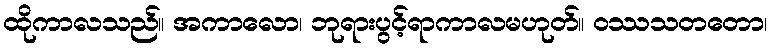
ထိုကာလသည်။ အကာလော၊ ဘုရားပွင့်ရာကာလမဟုတ်။ ဝဿသတတော၊